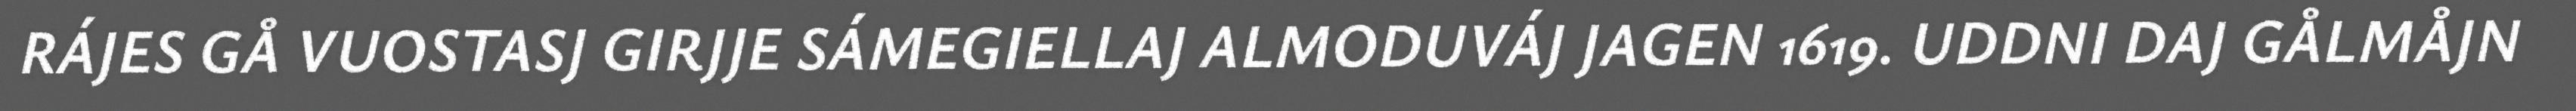
RÁJES GÅ VUOSTASJ GIRJJE SÁMEGIELLAJ ALMODUVÁJ JAGEN 1619. UDDNI DAJ GÅLMÅJN